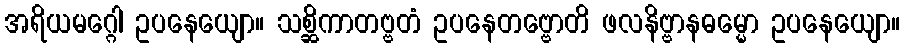
အရိယမဂ္ဂေါ ဥပနေယျော။ သစ္ဆိကာတဗ္ဗတံ ဥပနေတဗ္ဗောတိ ဖလနိဗ္ဗာနဓမ္မော ဥပနေယျော။